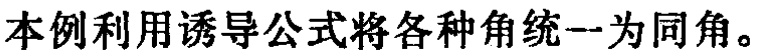
本例利用诱导公式将各种角统一为同角。